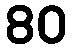
80